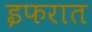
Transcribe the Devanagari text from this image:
इफरात